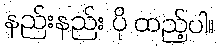
နည်းနည်း ပို ထည့်ပါ။